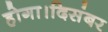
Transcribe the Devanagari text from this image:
होगा।दिसंबर